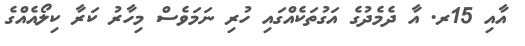
އާއި 15ރ. އާ ދެމެދުގެ އަގުތަކެއްގައި ހުރި ނަމަވެސް މިހާރު ކަރާ ކިލޯއެއްގެ